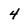
Character: 4